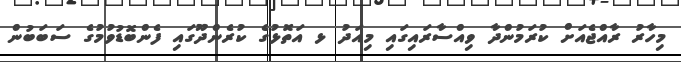
މިހާރު ރާއްޖެއަށް ކުރަމުންދާ ވިއްސާރައިގައި މިއަދު ޅ އަތޮޅުގެ ކުރެންދޫގައި ފެންބޮޑުވުމުގެ ސަބަބުން